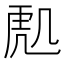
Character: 𮓟